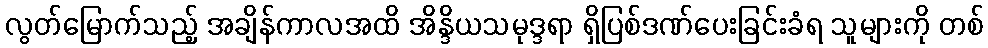
လွတ်မြောက်သည့် အချိန်ကာလအထိ အိန္ဒိယသမုဒ္ဒရာ ရှိပြစ်ဒဏ်ပေးခြင်းခံရ သူများကို တစ်